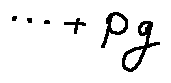
\cdots + p g